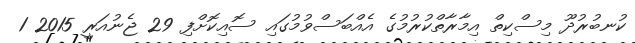
ކުނބުރުދޫ މިސްކިތް އިމާރާތްކުރުމުގެ އެއްބަސްވުމުގައި ސޮއިކޮށްފި 29 ޖެނުއަރީ 2015 1